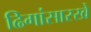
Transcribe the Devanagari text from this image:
ढिगांसारखे